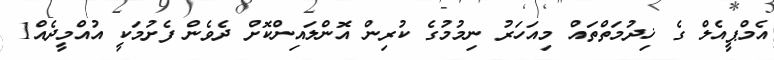
އެމްޕީއެލް ގެ ޚިދުމަތްތައް މިއަހަރު ނިމުމުގެ ކުރިން އޮންލައިންކޮށް ދެވެން ފެށުމަކީ އުއްމީދެއް1